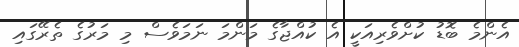
އެންމެ ބޮޑު ކުށްވެރިިއަކީ އެ ކުއްޖާގެ މަންމަ ނަމަވެސް މި މަރުގެ ތެރޭގައި